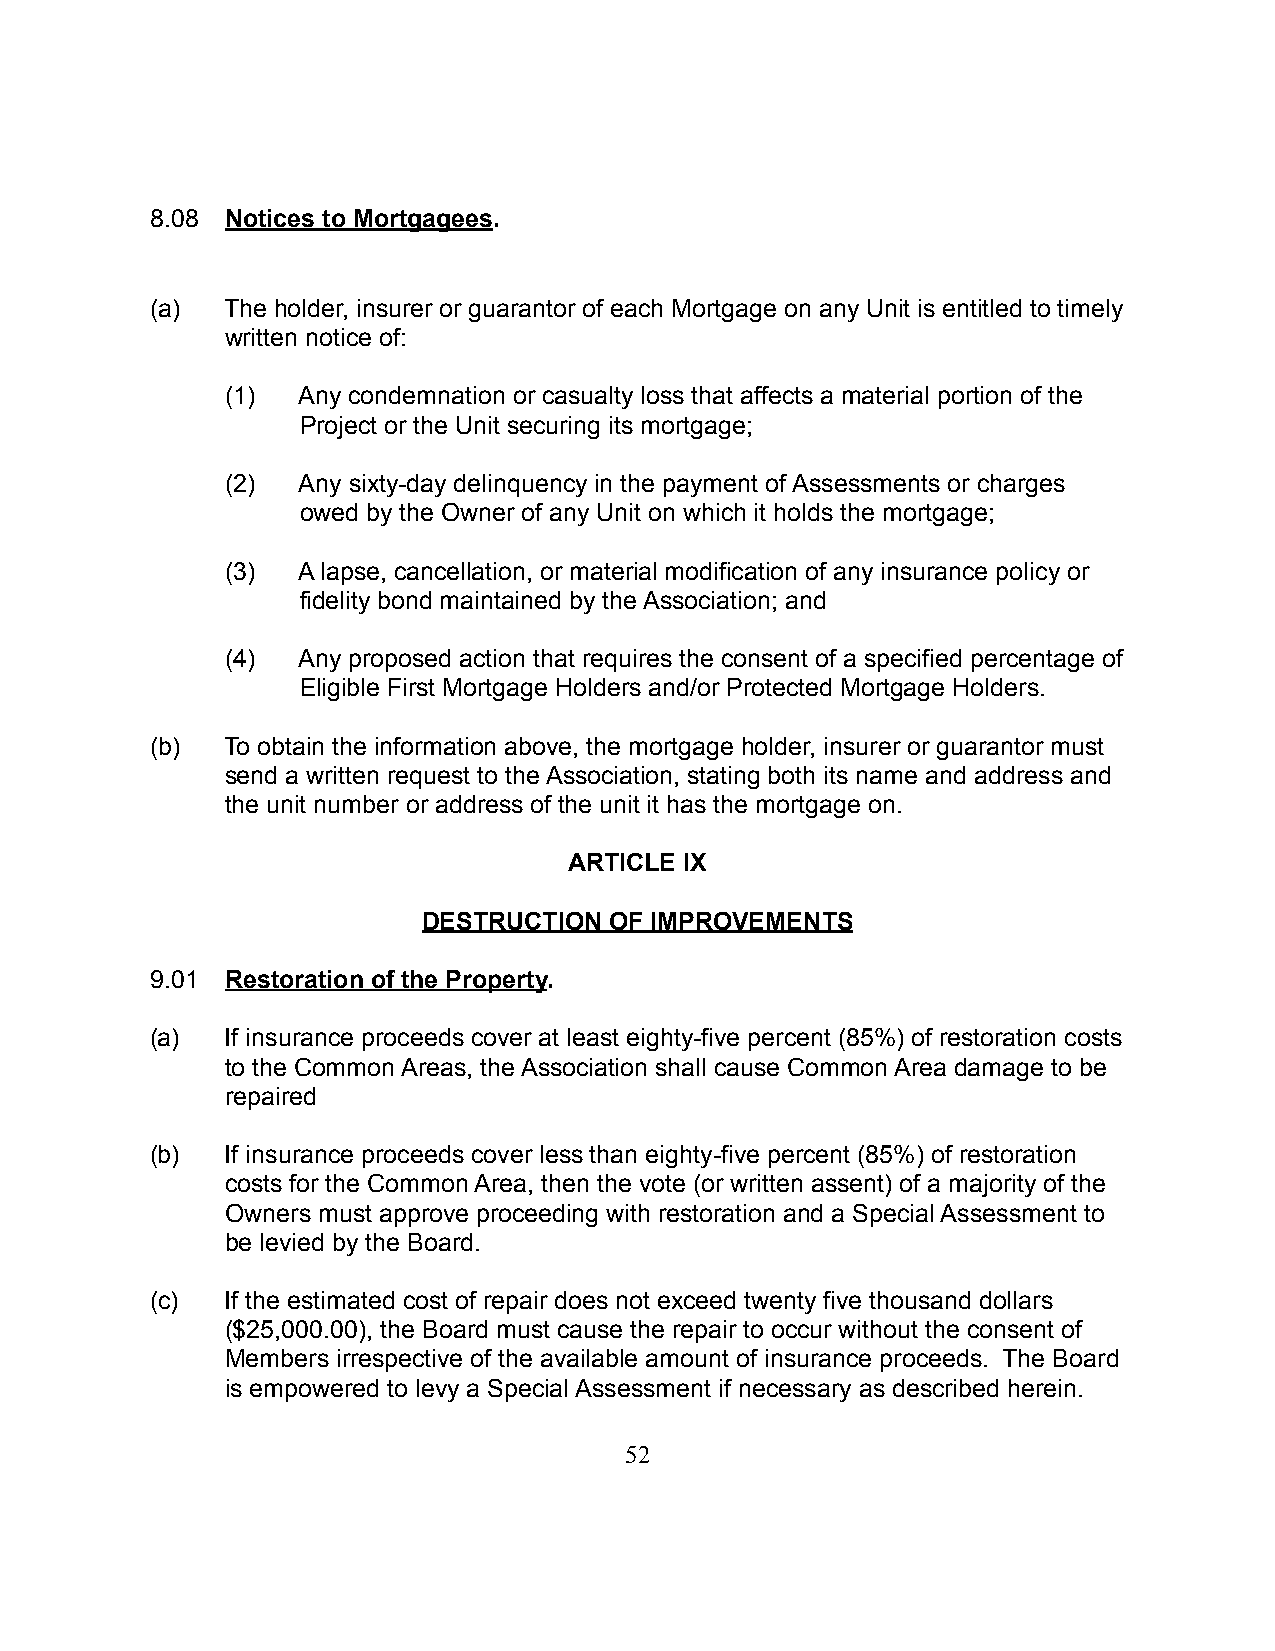
8.08 Notices to Mortgagees.
 (a)  The holder, insurer or guarantor of each Mortgage on any Unit is entitled to timely
 written notice of:
 (1)  Any condemnation or casualty loss that affects a material portion of the
 Project or the Unit securing its mortgage;
 (2)  Any sixty-day delinquency in the payment of Assessments or charges
 owed by the Owner of any Unit on which it holds the mortgage;
 (3)  A lapse, cancellation, or material modification of any insurance policy or
 fidelity bond maintained by the Association; and
 (4)  Any proposed action that requires the consent of a specified percentage of
 Eligible First Mortgage Holders and/or Protected Mortgage Holders.
 (b)  To obtain the information above, the mortgage holder, insurer or guarantor must
 send a written request to the Association, stating both its name and address and
 the unit number or address of the unit it has the mortgage on.
 ARTICLE IX
 DESTRUCTION OF IMPROVEMENTS
 9.01 Restoration of the Property.
 (a)  If insurance proceeds cover at least eighty-five percent (85%) of restoration costs
 to the Common Areas, the Association shall cause Common Area damage to be
 repaired
 (b)  If insurance proceeds cover less than eighty-five percent (85%) of restoration
 costs for the Common Area, then the vote (or written assent) of a majority of the
 Owners must approve proceeding with restoration and a Special Assessment to
 be levied by the Board.
 (c)  If the estimated cost of repair does not exceed twenty five thousand dollars
 ($25,000.00), the Board must cause the repair to occur without the consent of
 Members irrespective of the available amount of insurance proceeds. The Board
 is empowered to levy a Special Assessment if necessary as described herein.
 52